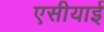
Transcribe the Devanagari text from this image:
एसीयाई